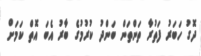
ދޮގު ހަބަރު ފަތުރާ ތަންތަން ބަންދު ކުރުމުގެ ބާރު އެބަ އޮތް ކަމަށް